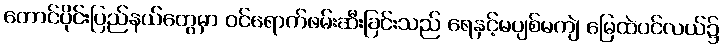
တောင်ပိုင်းပြည်နယ်တွေမှာ ဝင်ရောက်ဖမ်းဆီးခြင်းသည် ရေနှင့်မပျစ်မကျဲ မြေထဲပင်လယ်၌